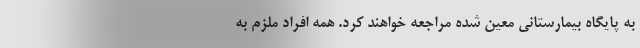
به پایگاه بیمارستانی معین شده مراجعه خواهند کرد. همه افراد ملزم به